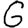
Digit: 6